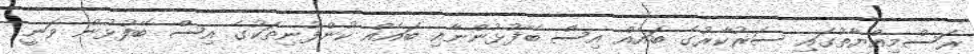
ރަސްމިއްޔާތުގައި ސަރުކާރުގެ ބައެއް އިސް ބޭފުޅުންނާއި ބައެއް ކުންފުނިތަކުގެ އިސް ބޭފުޅުން ވަނީ